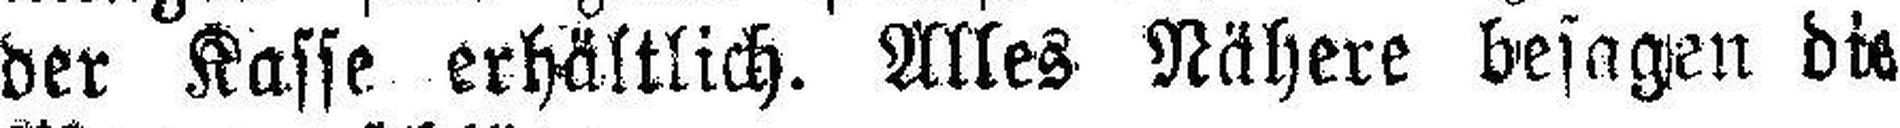
der Kasse erhältlich. Alles Nähere besagen die